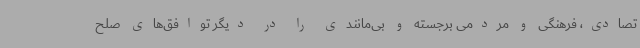
تصادی، فرهنگی و مردمی برجسته‌ و بی‌مانندی را در دیگر توافق‌های صلح